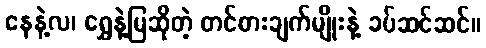
နေနဲ့လ၊ ရွှေနဲ့မြဆိုတဲ့ တင်စားချက်မျိုးနဲ့ ခပ်ဆင်ဆင်။